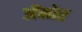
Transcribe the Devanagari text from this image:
अॅमोर